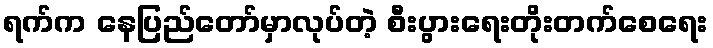
ရက်က နေပြည်တော်မှာလုပ်တဲ့ စီးပွားရေးတိုးတက်စေရေး